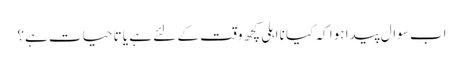
اب سوال پیدا ہوا کہ کیا نااہلی کچھ وقت کے لئے ہے یا تاحیات ہے؟